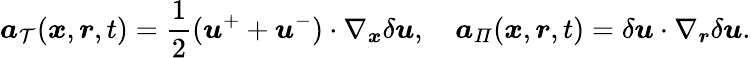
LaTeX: \boldsymbol{a}_{\mathcal{T}}(\boldsymbol{x},\boldsymbol{r},t)=\frac{1}{2}(\boldsymbol{u}^{+}+\boldsymbol{u}^{-})\cdot\nabla_{\boldsymbol{x}}\delta\boldsymbol{u},\quad\boldsymbol{a}_{\mathit{\Pi}}(\boldsymbol{x},\boldsymbol{r},t)=\delta\boldsymbol{u}\cdot\nabla_{\boldsymbol{r}}\delta\boldsymbol{u}.